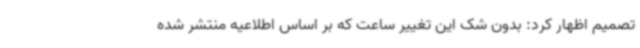
تصمیم اظهار کرد: بدون شک این تغییر ساعت که بر اساس اطلاعیه منتشر شده